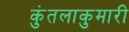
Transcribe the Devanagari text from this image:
कुंतलाकुमारी